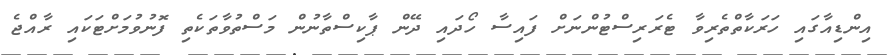
އިންޑިއާގައި ހަރަކާތްތެރިވާ ޓެރަރިސްޓުންނަށް ފައިސާ ހޯދައި ދޭން ޕާކިސްތާނުން މަސްތުވާތަކެތި ފޮނުވުމަށްޓަކައި ރާއްޖެ